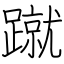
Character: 蹴